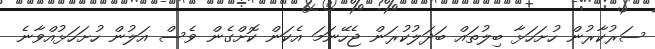
ސަރުކާރުން ހުށަހަޅާ ބިލުތައް ބަދަލުކުރަން ޖެހޭނަމަ އެކަން ކޮށްގެން ވެސް އަލުން ހުށަހަޅުއްވާނެ